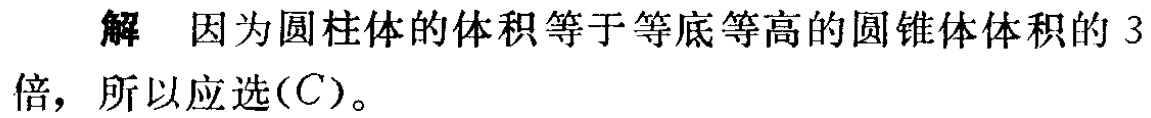
解 因为圆柱体的体积等于等底等高的圆锥体体积的 3倍，所以应选\((C)\)。